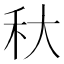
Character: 𥝛